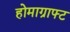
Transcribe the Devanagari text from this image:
होमाग्राफ्ट